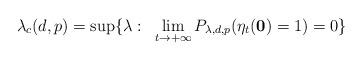
LaTeX: \begin{align*}\lambda_c(d,p)=\sup\{\lambda:~\lim_{t\rightarrow+\infty}P_{\lambda,d,p}(\eta_t(\textbf{0})=1)=0\}\end{align*}